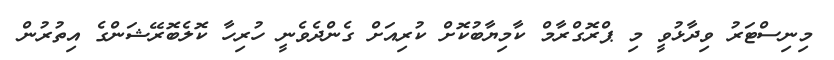
މިނިސްޓަރު ވިދާޅުވީ މި ޕްރޮގްރާމް ކާމިޔާބުކޮށް ކުރިއަށް ގެންދެވެނީ ހުރިހާ ކޮލެބޮރޭޝަންގެ އިތުރުން